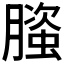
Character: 𬂐